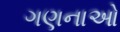
ગણનાઓ